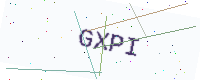
Text: GXPI